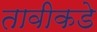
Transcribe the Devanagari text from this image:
तावीकडे